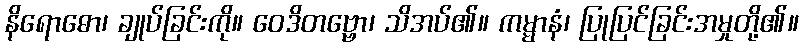
နိရောဓော၊ ချုပ်ခြင်းကို။ ဝေဒိတဗ္ဗော၊ သိအပ်၏။ ကမ္မာနံ၊ ပြုပြင်ခြင်းအမှုတို့၏။